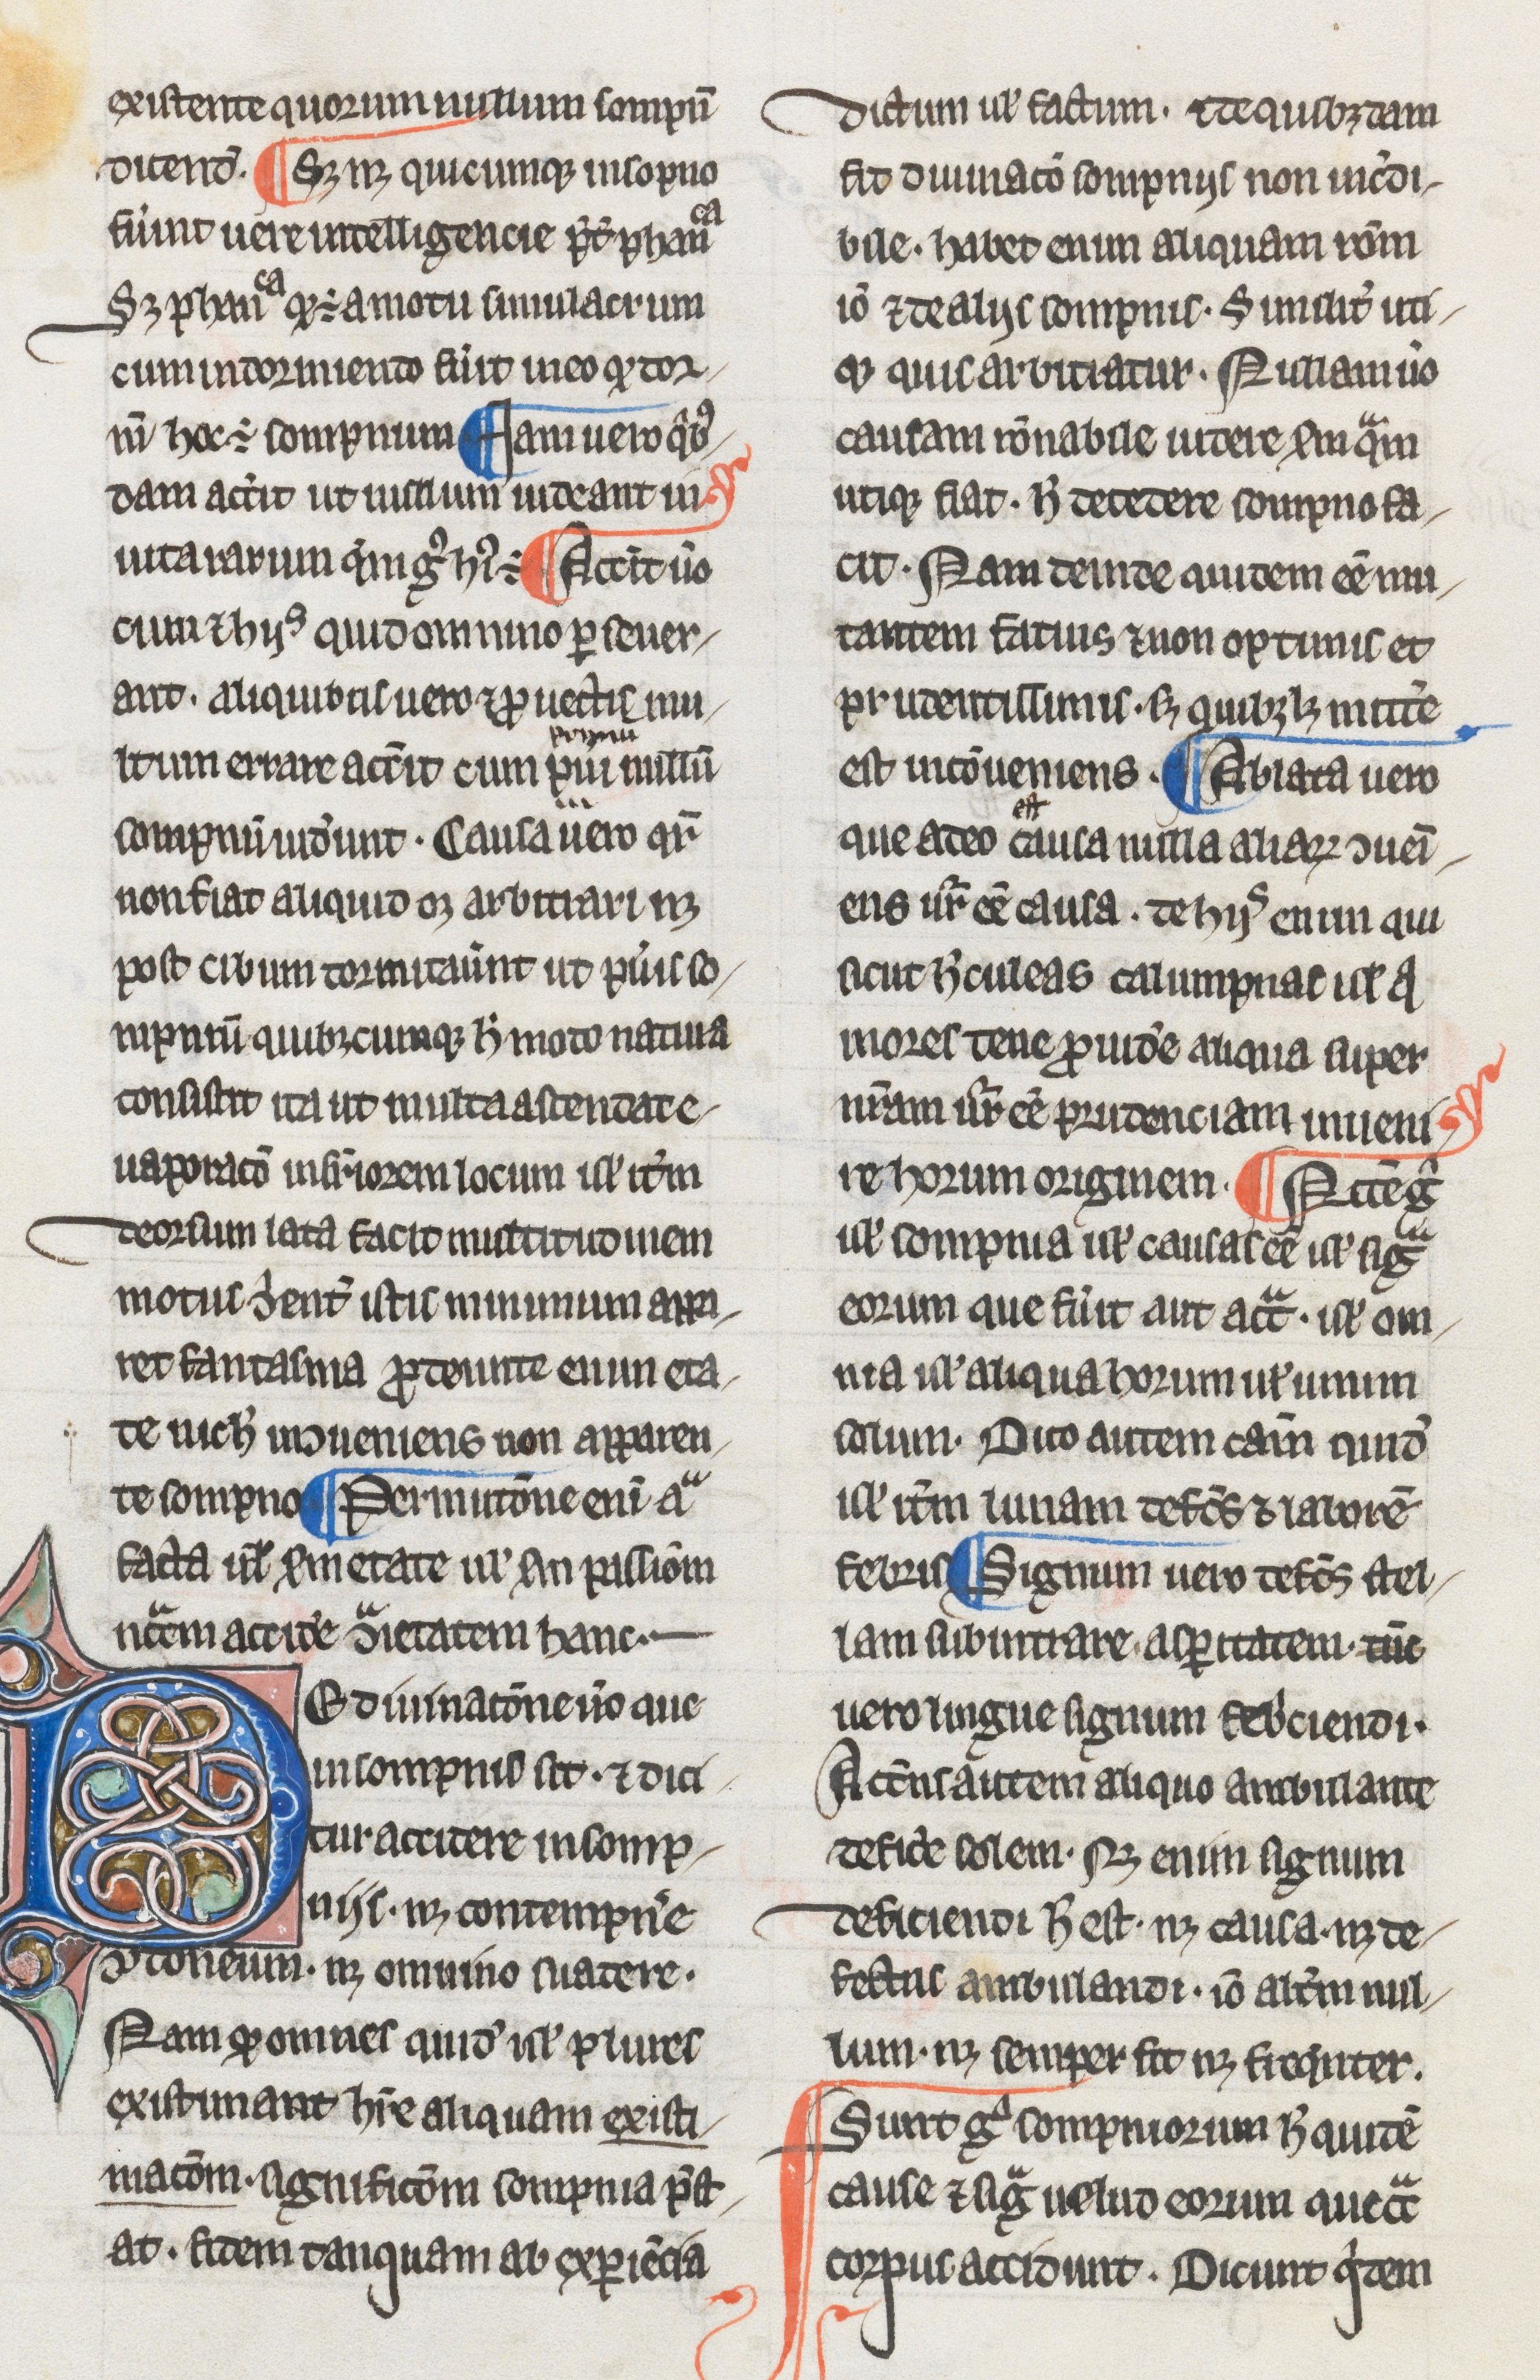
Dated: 1275–1299